Vaccination in Burma 1920-1933 - 1920-1933
Year: 1920
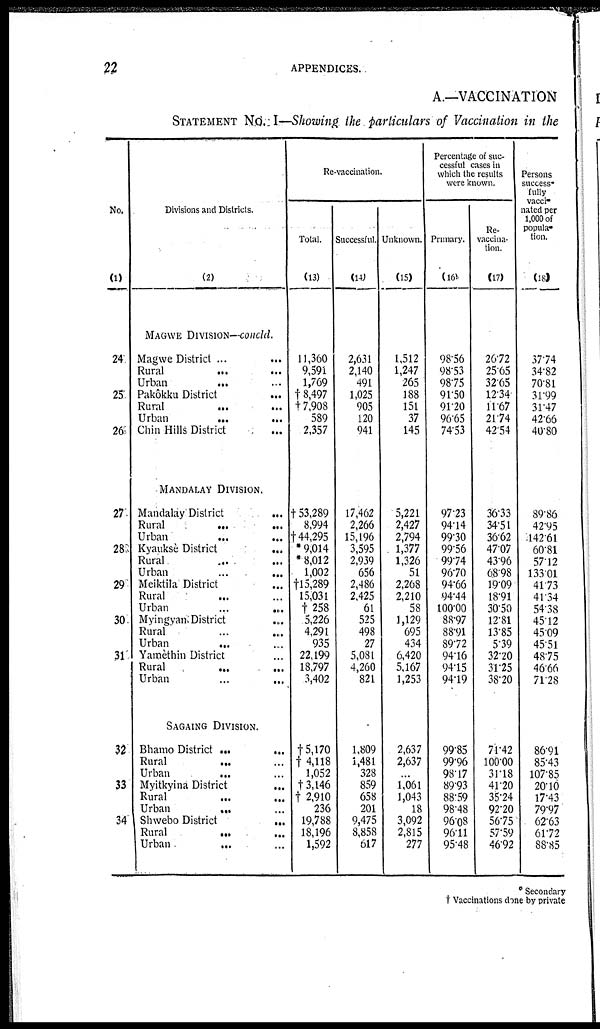
22
APPENDICES.
A.—VACCINATION
STATEMENT No. I—Showing the particulars of Vaccination in the
No.
(1)
24
25
26
27
28
29
30
31
32
33
34
Divisions and Districts.
(2)
MAGWE DIVISION—concld.
Magwe District ...
...
Rural... ...
Urban
...
...
Pakôkku
District...
Rural... ...
Urban...
...
Chin Hills District...
MANDALAY DIVISION.
Mandalay District ...
Rural... ...
Urban...
...
Kyauksè District...
Rural... ...
Urban...
......
...
Meiktila District...
Rural... ...
Urban...
...
Myingyam District...
Rural... ...
Urban...
...
Yamèthin District...
Rural...
...
Urban
...
...
SAGAING DIVISION.
Bhamo District...
Rural...
...
Urban... ...
Myitkyina
District...
Rural... ...
Urban... ...
Shwebo
District...
Rural...
...
Urban... ...
Re-vaccination.
Total.
(13)
11,360
9,591
1,769
†8,497
†7,908
589
2,357
†53,289
8,994
†44,295
* 9,014
* 8,012
1,002
†l5,289
15,031
† 258
5,226
4,291
935
22,199
18,797
3,402
†5,170
† 4,118
1,052
†3,146
† 2,910
236
19,788
18,196
1,592
Successful.
(14)
2,631
2,140
491
1,025
905
120
941
17,462
2,266
15,196
3,595
2,939
656
2,486
2,425
61
525
498
27
5,081
4,260
821
1,809
1,481
328
859
658
201
9,475
8,858
617
Unknown.
(15)
1,512
1,247
265
188
151
37
145
5,221
2,427
2,794
1,377
1,326
51
2,268
2,210
58
1,129
695
434
6,420
5,167
1,253
2,637
2,637
...
1,061
1,043
18
3,092
2,815
277
Percentage of suc-
cessful cases in
which the results
were known.
Primary.
(l6)
98.56
98.53
98.75
91.50
91.20
96.65
74.53
97.23
94.14
99.30
99.56
99.74
96.70
94.66
94.44
100.00
88.97
88.91
89.72
94.16
94.15
94.19
99.85
99.96
98.17
89.93
88.59
98.48
96.08
96.11
95.48
Re-
vaccina-
tion.
(17)
26.72
25.65
32.65
12.34
11.67
21.74
42.54
36.33
34.51
36.62
47.07
43.96
68.98
19.09
18.91
30.50
12.81
13.85
5.39
32.20
31.25
38.20
71.42
100.00
31.18
41.20
35.24
92.20
56.75
57.59
46.92
Persons
success-
fully
vacci-
nated per
1,000 of
popula-
tion.
(18)
37.74
34.82
70.81
31.99
31.47
42.66
40.80
89.86
42.95
142.61
60.81
57.12
133.01
41.73
41.34
54.38
45.12
45.09
45.51
48.75
46.66
71.28
86.91
85.43
107.85
20.10
17.43
79.97
62.63
61.72
88.85
* Secondary
† Vaccinations done by private